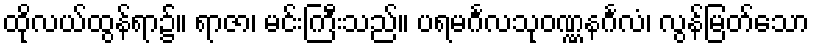
ထိုလယ်ထွန်ရာ၌။ ရာဇာ၊ မင်းကြီးသည်။ ပရမင်္ဂလသုဝဏ္ဏနင်္ဂလံ၊ လွန်မြတ်သော